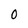
Character: 0